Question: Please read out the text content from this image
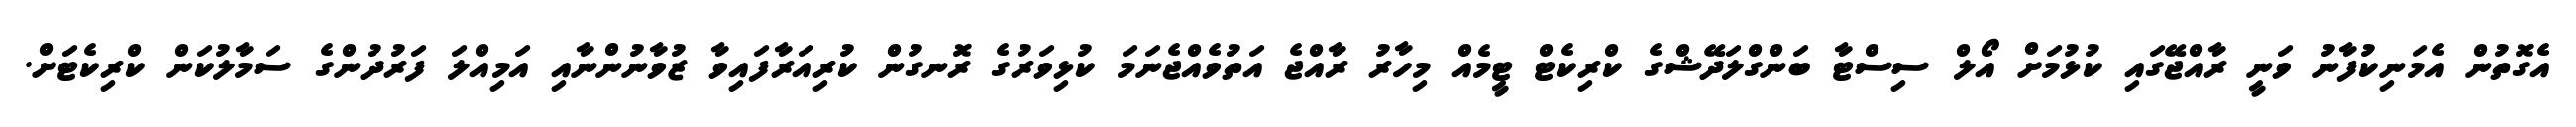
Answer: އެގޮތުން އެމަނިކުފާނު ވަނީ ރާއްޖޭގައި ކުޅުމަށް އޯލް ސިސްޓާ ބަންގްލަދޭޝްގެ ކްރިކެޓް ޓީމެއް މިހާރު ރާއްޖެ އަތުވެއްޖެނަމަ ކުޅިވަރުގެ ރޮނގުން ކުރިއަރާފައިވާ ޒުވާނުންނާއި އަމިއްލަ ފަރުދުންގެ ސަމާލުކަން ކްރިކެޓަށް.